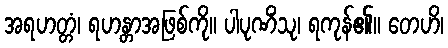
အရဟတ္တံ၊ ရဟန္တာအဖြစ်ကို။ ပါပုဏိံသု၊ ရကုန်၏။ တေဟိ၊